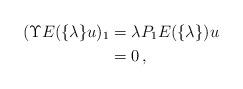
LaTeX: \begin{align*} (\Upsilon E(\{\lambda\}u)_1&=\lambda P_1E(\{\lambda\})u\\&=0\,,\end{align*}